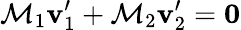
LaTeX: \mathcal{M}_{1}\mathbf{{v}}_{1}^{\prime}+\mathcal{M}_{2}\mathbf{{v}}_{2}^{\prime}={\boldsymbol{0}}